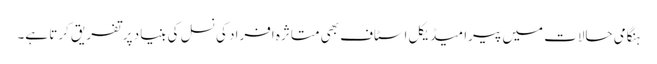
ہنگامی حالات میں پیرا میڈیکل اسٹاف بھی متاثرہ افراد کی نسل کی بنیاد پر تفریق کرتا ہے۔